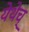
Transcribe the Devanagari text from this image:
येथेच्